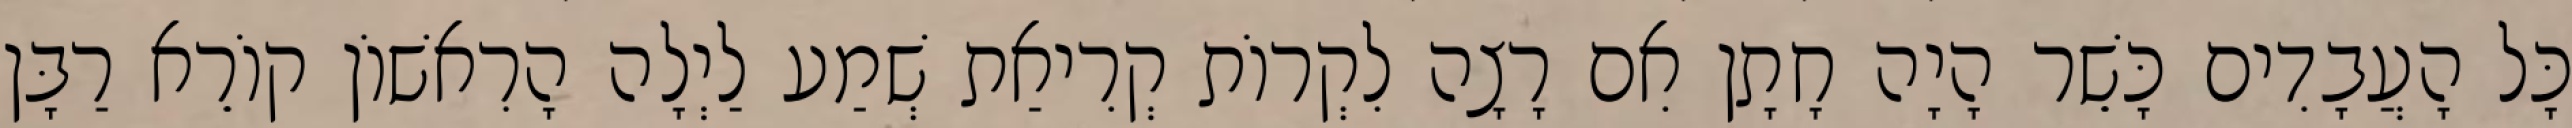
כָּל הָעֲבָדִים כָּשֵׁר הָיָה חָתָן אִם רָצָה לִקְרוֹת קְרִיאַת שְׁמַע לַיְלָה הָרִאשׁוֹן קוֹרֵא רַבָּן